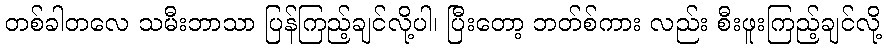
တစ်ခါတလေ သမီးဘာသာ ပြန်ကြည့်ချင်လို့ပါ၊ ပြီးတော့ ဘတ်စ်ကား လည်း စီးဖူးကြည့်ချင်လို့